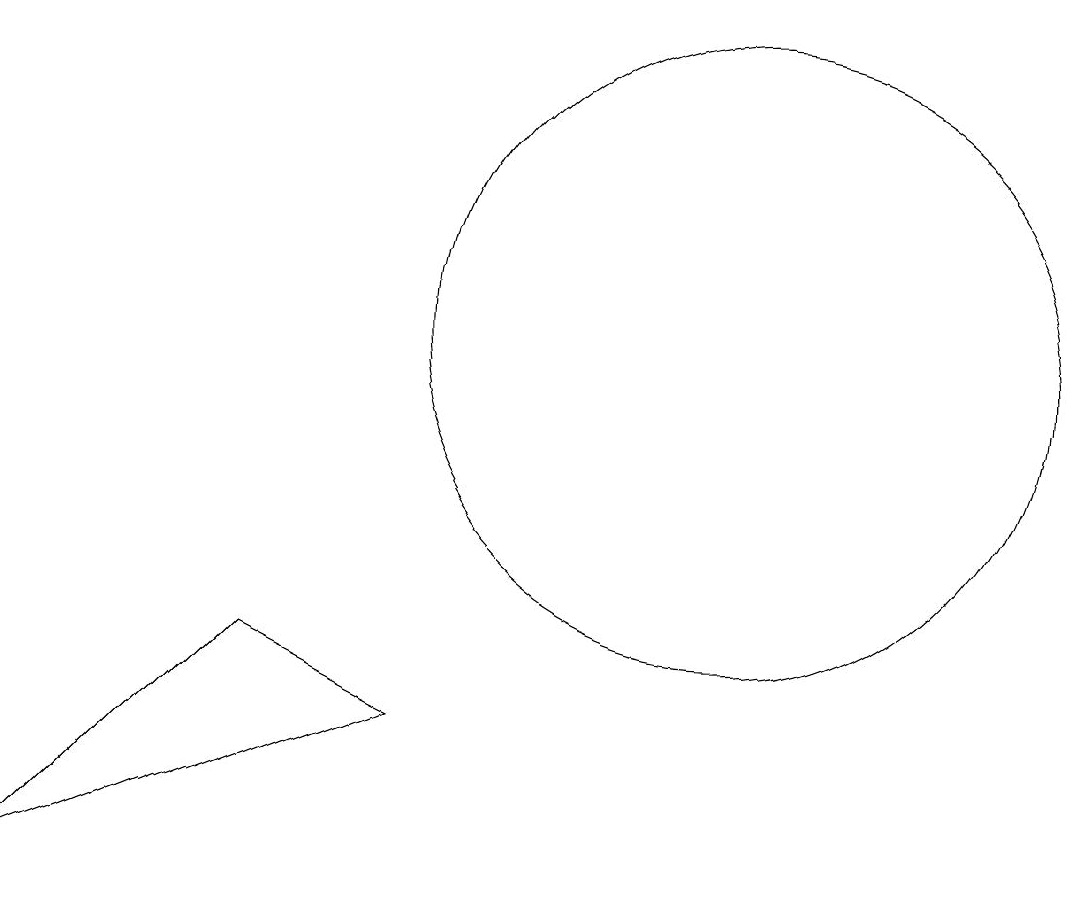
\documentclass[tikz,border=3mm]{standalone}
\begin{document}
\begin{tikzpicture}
\draw (1,5) -- (6,7) -- (4,8) -- cycle;
\draw (11,10) circle (0);
\draw (10,12) circle (4);
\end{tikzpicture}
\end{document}